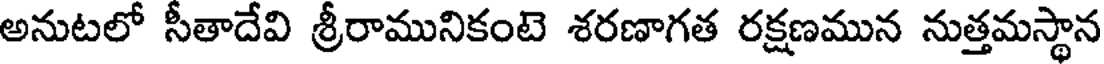
అనుటలో సీతాదేవి శ్రీరామునికంటె శరణాగత రక్షణమున నుత్తమస్థాన